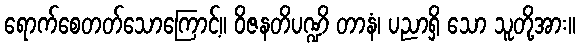
ရောက်စေတတ်သောကြောင့်။ ဝိဇနတိပဏ္ဍိ တာနံ၊ ပညာရှိ သော သူတို့အား။